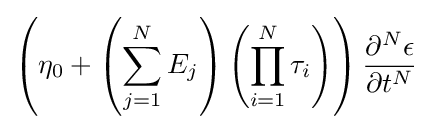
\left({\eta _{0}+\left({\sum _{j=1}^{N}E_{j}}\right)\left({\prod _{i=1}^{N}{\tau _{i}}}\right)}\right){\frac {\partial ^{N}{\epsilon }}{\partial {t}^{N}}}